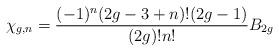
LaTeX: \begin{align*}\chi_{g,n} = { (-1)^n ( 2 g - 3 + n ) ! ( 2 g - 1 ) \over ( 2 g ) ! n ! }B_{2g}\end{align*}